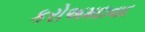
કરોઅમદાવાદ